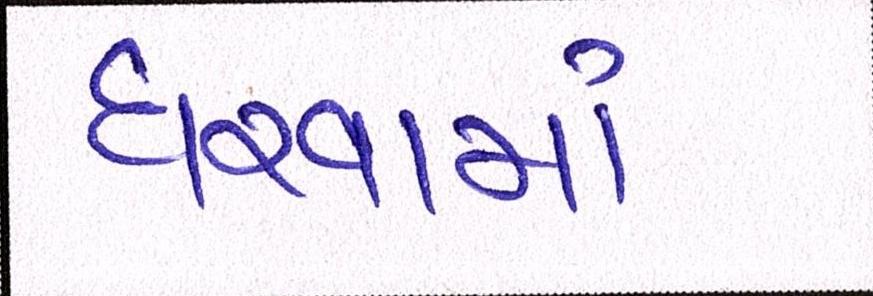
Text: ધરવામાં